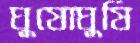
ঘুষোঘুষি